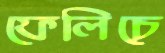
ফেলিচে